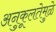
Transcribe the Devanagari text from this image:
अनुकूलतेमुळे